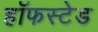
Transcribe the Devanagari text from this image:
हॉफस्टेड